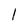
Character: l